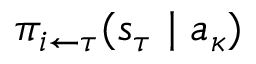
\pi _ { i \leftarrow \tau } ( s _ { \tau } \mid a _ { \kappa } )